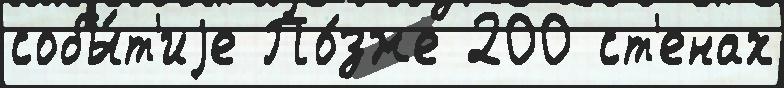
собы́т'иjе По́зже 200 ст'енах